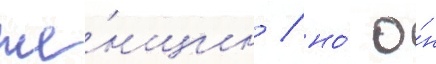
же́нщин / но́ о́н